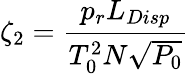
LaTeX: \zeta_{2}=\frac{p_{r}L_{Disp}}{T_{0}^{2}N\sqrt{P_{0}}}